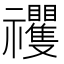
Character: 𥜵